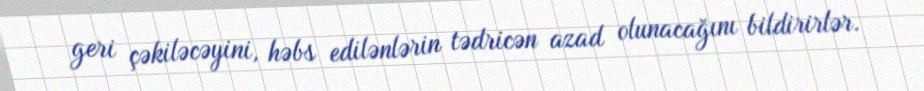
geri çəkiləcəyini, həbs edilənlərin tədricən azad olunacağını bildirirlər.